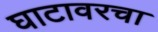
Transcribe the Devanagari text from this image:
घाटावरचा